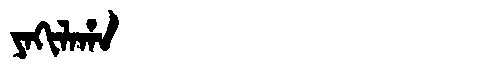
Manchu: ᠶᠠᡴᡳᠯᠠᡥᠠ
Romanization: YAKILAHA